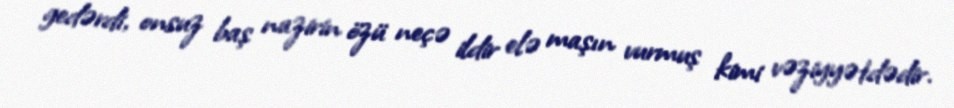
gedərdi, onsuz baş nazirin özü neçə ildir elə maşın vurmuş kimi vəziyyətdədir.